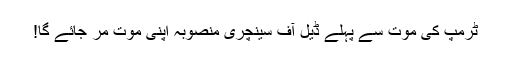
ٹرمپ کی موت سے پہلے ڈیل آف سینچری منصوبہ اپنی موت مر جائے گا!